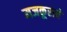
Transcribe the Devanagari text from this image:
मजकूराचे